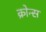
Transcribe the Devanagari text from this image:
क्रोन्स